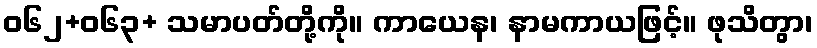
ဝ၆၂+၀၆၃+ သမာပတ်တို့ကို။ ကာယေန၊ နာမကာယဖြင့်။ ဖုသိတွာ၊